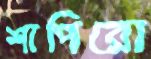
শাপিরো